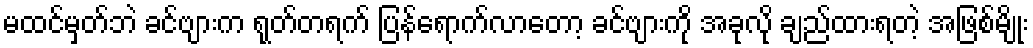
မထင်မှတ်ဘဲ ခင်ဗျားက ရုတ်တရက် ပြန်ရောက်လာတော့ ခင်ဗျားကို အခုလို ချည်ထားရတဲ့ အဖြစ်မျိုး